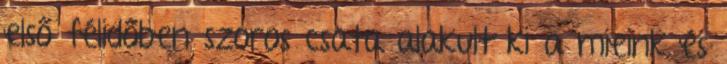
első félidőben szoros csata alakult ki a mieink és